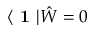
\langle \textbf { 1 } | \hat { W } = 0